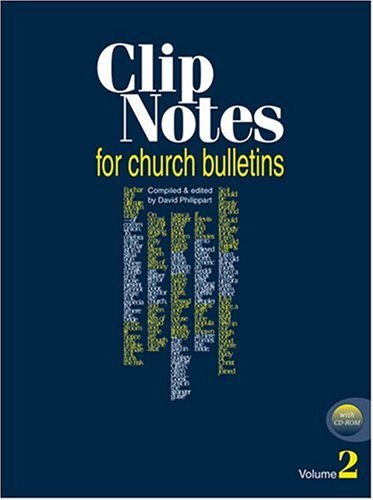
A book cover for Clip Notes for Church Bulletins: Volume 2 with CD-ROM (Clip Notes for Church Bulletins); David Philippart; Christian Books & Bibles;